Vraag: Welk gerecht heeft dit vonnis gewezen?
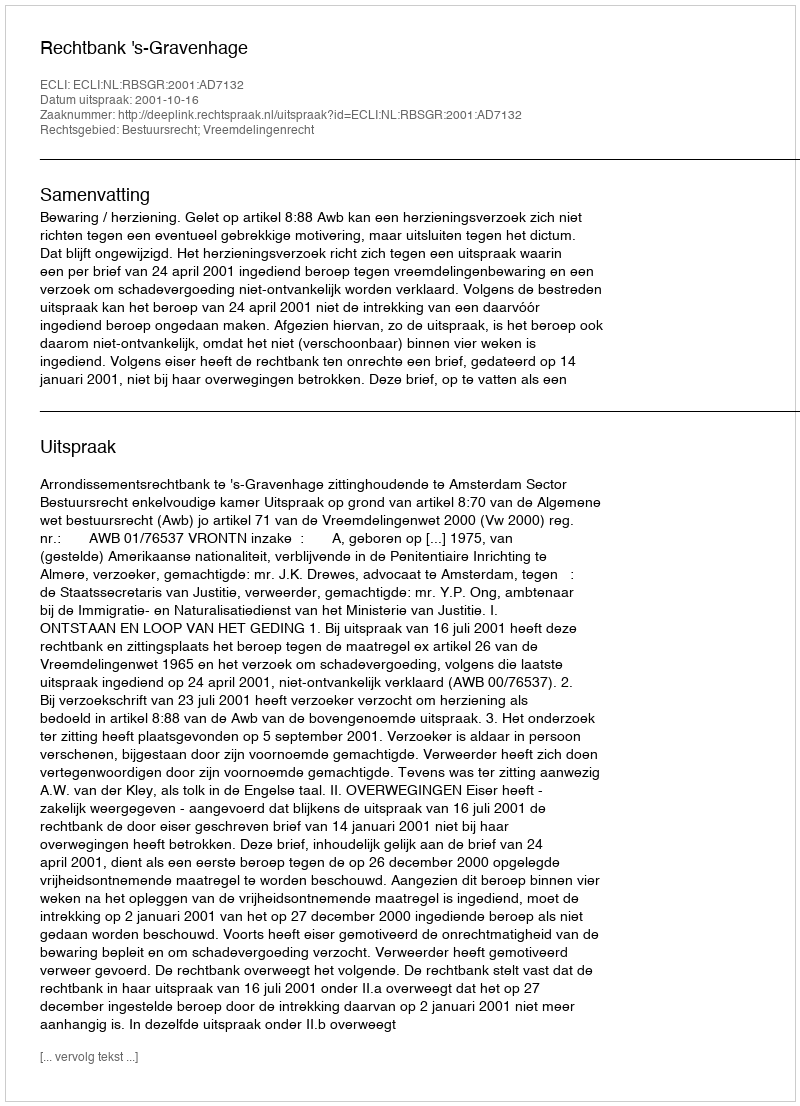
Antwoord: Rechtbank 's-Gravenhage